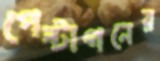
পেন্টাগনের